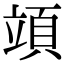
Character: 𥪙